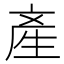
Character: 產